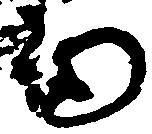
而